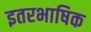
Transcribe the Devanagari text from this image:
इतरभाषिक